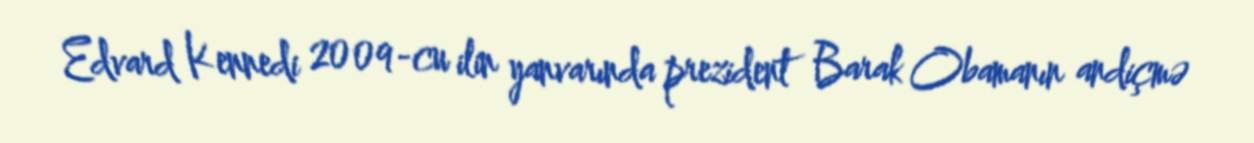
Edvard Kennedi 2009-cu ilin yanvarında prezident Barak Obamanın andiçmə